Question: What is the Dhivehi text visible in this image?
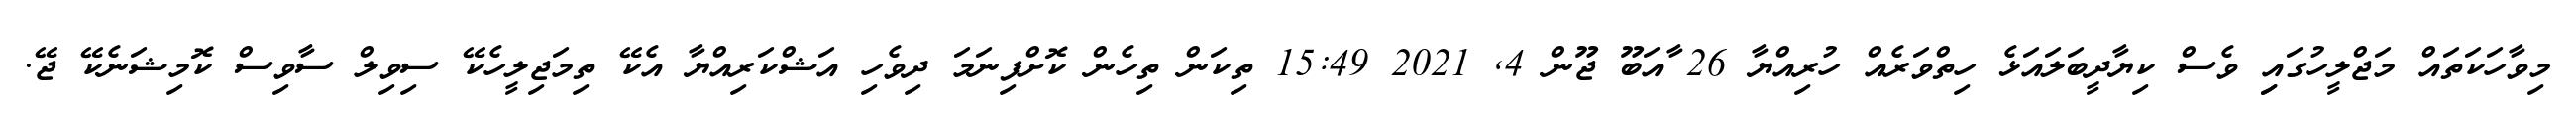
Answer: މިވާހަކަތައް މަޖްލީހުގައިި ވެސް ކިޔާދީބަލައަޅެ ހިތްވަރެއް ހުރިއްޔާ 26 ާއަބޫ ޖޫން 4, 2021 15:49 ތިކަން ތިހެން ކޮށްފިނަމަ ދިވެހި އަޝްކަރިއްޔާ އެކޭ ތިމަޖިލީހެކޭ ސިވިލް ސާވިސް ކޮމިޝަނެކޭ ޖޭ.